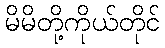
မိမိတို့ကိုယ်တိုင်